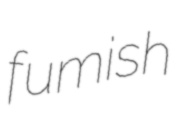
fumish